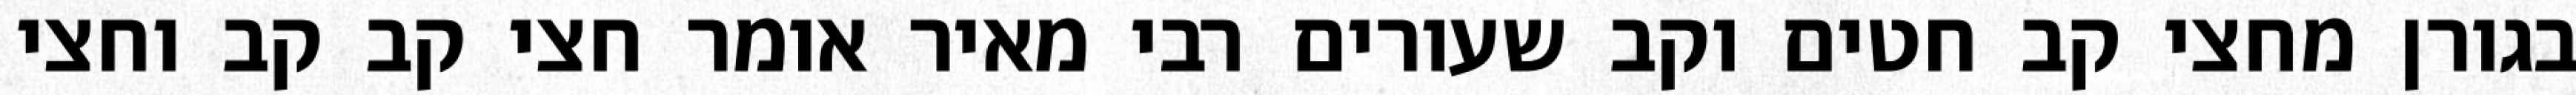
בגורן מחצי קב חטים וקב שעורים רבי מאיר אומר חצי קב קב וחצי